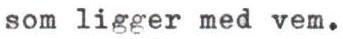
som ligger med vem.